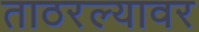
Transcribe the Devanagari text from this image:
ताठरल्यावर